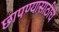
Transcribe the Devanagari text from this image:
छापण्यासाठीचे